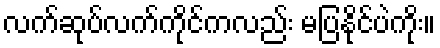
လက်ဆုပ်လက်ကိုင်ကလည်း မပြနိုင်ပဲကိုး။